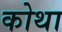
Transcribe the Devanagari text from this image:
कोथा